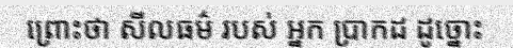
ព្រោះថា សីលធម៌ របស់ អ្នក ប្រាកដ ដូច្នោះ